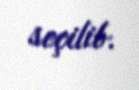
seçilib.